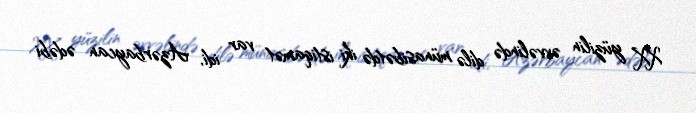
XX yüzilin əvvəlində dilə münasibətdə iki istiqamət var idi, Azərbaycan ədəbi